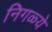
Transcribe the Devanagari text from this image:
निगळ्ये